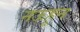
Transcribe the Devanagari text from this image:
नऊहून